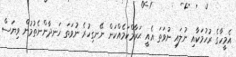
އެމީހާގެ ރުހުމަކާއި ނުލައި ނުވަތަ އެއީ ޙަރާމްކަމެއްކަން ނޭނގިހުރެ ނުވަތަ ހަނދާންނެތުމުން ވިޔަސް